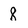
Character: 8